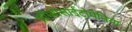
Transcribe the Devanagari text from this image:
थ्रॉम्बोसाईटोपेनिया